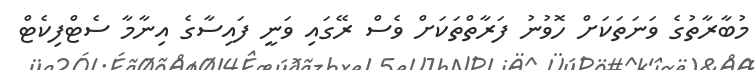
މުބާރާތުގެ ވަނަތަކަށް ހޮވުނު ފަރާތްތަކަށް ވެސް ރޭގައި ވަނީ ފައިސާގެ އިނާމާ ސެޓްފިކެޓް